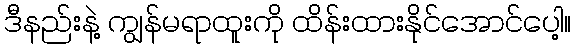
ဒီနည်းနဲ့ ကျွန်မရာထူးကို ထိန်းထားနိုင်အောင်ပေါ့။